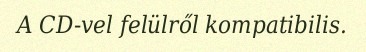
A CD-vel felülről kompatibilis.